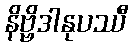
နိဗ္ဗိဒါနုပဿီ